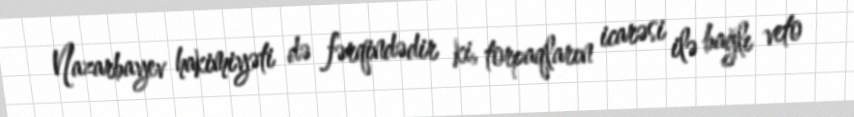
Nazarbayev hakimiyəti də fərqindədir ki, torpaqların icarəsi ilə bağlı veto